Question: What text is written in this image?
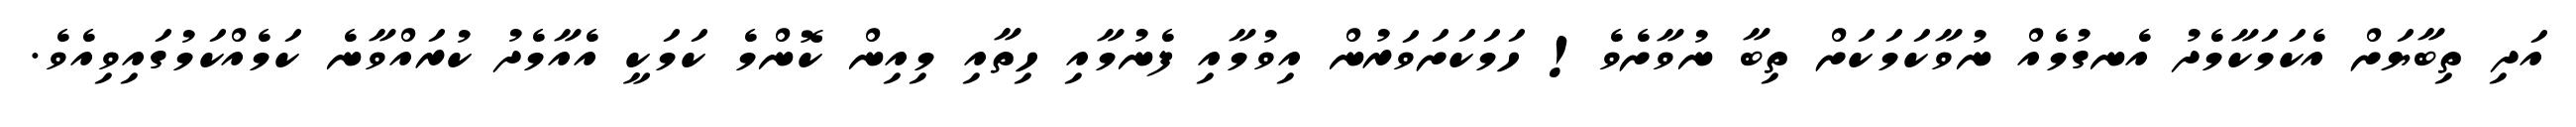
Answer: އަދި ތިބާޔަށް އެކަމަކާމެދު އެނގުމެއް ނުވާކަމަކަށް ތިބާ ނުވާށެވެ! ހަމަކަށަވަރުން އިވުމާއި ފެނުމާއި ހިތާއި މިއިން ކޮންމެ ކަމަކީ އެއާމެދު ކުރައްވާނެ ކަމެއްކަމުގައިވިއެވެ.